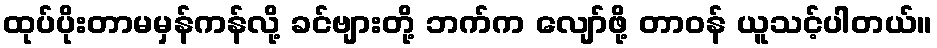
ထုပ်ပိုးတာမမှန်ကန်လို့ ခင်ဗျားတို့ ဘက်က လျော်ဖို့ တာဝန် ယူသင့်ပါတယ်။